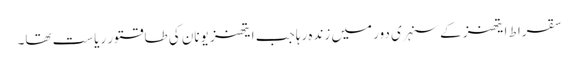
سقراط ایتھنز کے سنہری دور میں زندہ رہا جب ایتھنز یونان کی طاقتور ریاست تھا۔